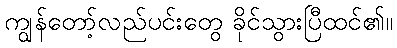
ကျွန်တော့်လည်ပင်းတွေ ခိုင်သွားပြီထင်၏။